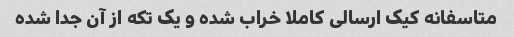
متاسفانه کیک ارسالی کاملا خراب شده و یک تکه از آن جدا شده